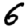
Digit: 6